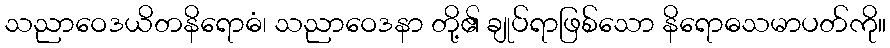
သညာဝေဒယိတနိရောဓံ၊ သညာဝေဒနာ တို့၏ ချုပ်ရာဖြစ်သော နိရောဓသမာပတ်ကို။